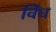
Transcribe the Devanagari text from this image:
विंध